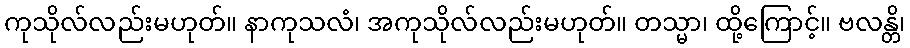
ကုသိုလ်လည်းမဟုတ်။ နာကုသလံ၊ အကုသိုလ်လည်းမဟုတ်။ တသ္မာ၊ ထို့ကြောင့်။ ဗလန္တိ၊